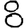
Digit: 8